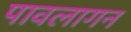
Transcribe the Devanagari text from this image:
पावलागन